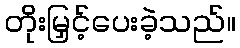
တိုးမြှင့်ပေးခဲ့သည်။